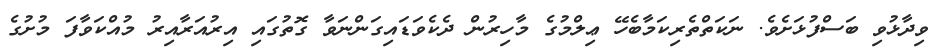
ވިދާޅުވި ބަސްފުޅަށެވެ. ނަކަތްތެރިކަމާބެހޭ ޢިލްމުގެ މާހިރުން ދެކެވަޑައިގަންނަވާ ގޮތުގައި އިރުއަރާއިރު މުއްކަވާފަ މުށުގެ